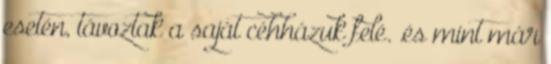
esetén, távoztak a saját céhházuk felé. .és mint már